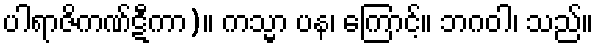
ပါရာဇိကဏ်ဋီကာ)။ ကသ္မာ ပန၊ ကြောင့်။ ဘဂဝါ၊ သည်။